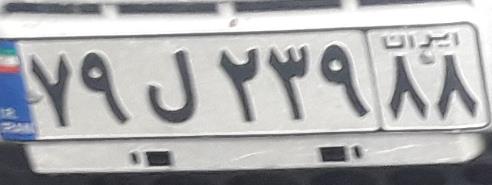
۷۹ل۲۳۹۸۸